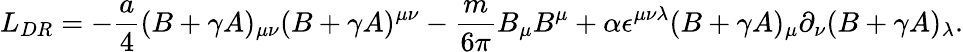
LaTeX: L_{DR}=-{\frac{a}{4}}(B+\gamma A)_{\mu\nu}(B+\gamma A)^{\mu\nu}-{\frac{m}{6\pi}}B_{\mu}B^{\mu}+\alpha\epsilon^{\mu\nu\lambda}(B+\gamma A)_{\mu}\partial_{\nu}(B+\gamma A)_{\lambda}.